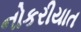
નોકરીયાત